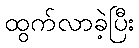
ထွက်လာခဲ့ပြီး